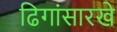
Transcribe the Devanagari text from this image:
ढिगांसारखे